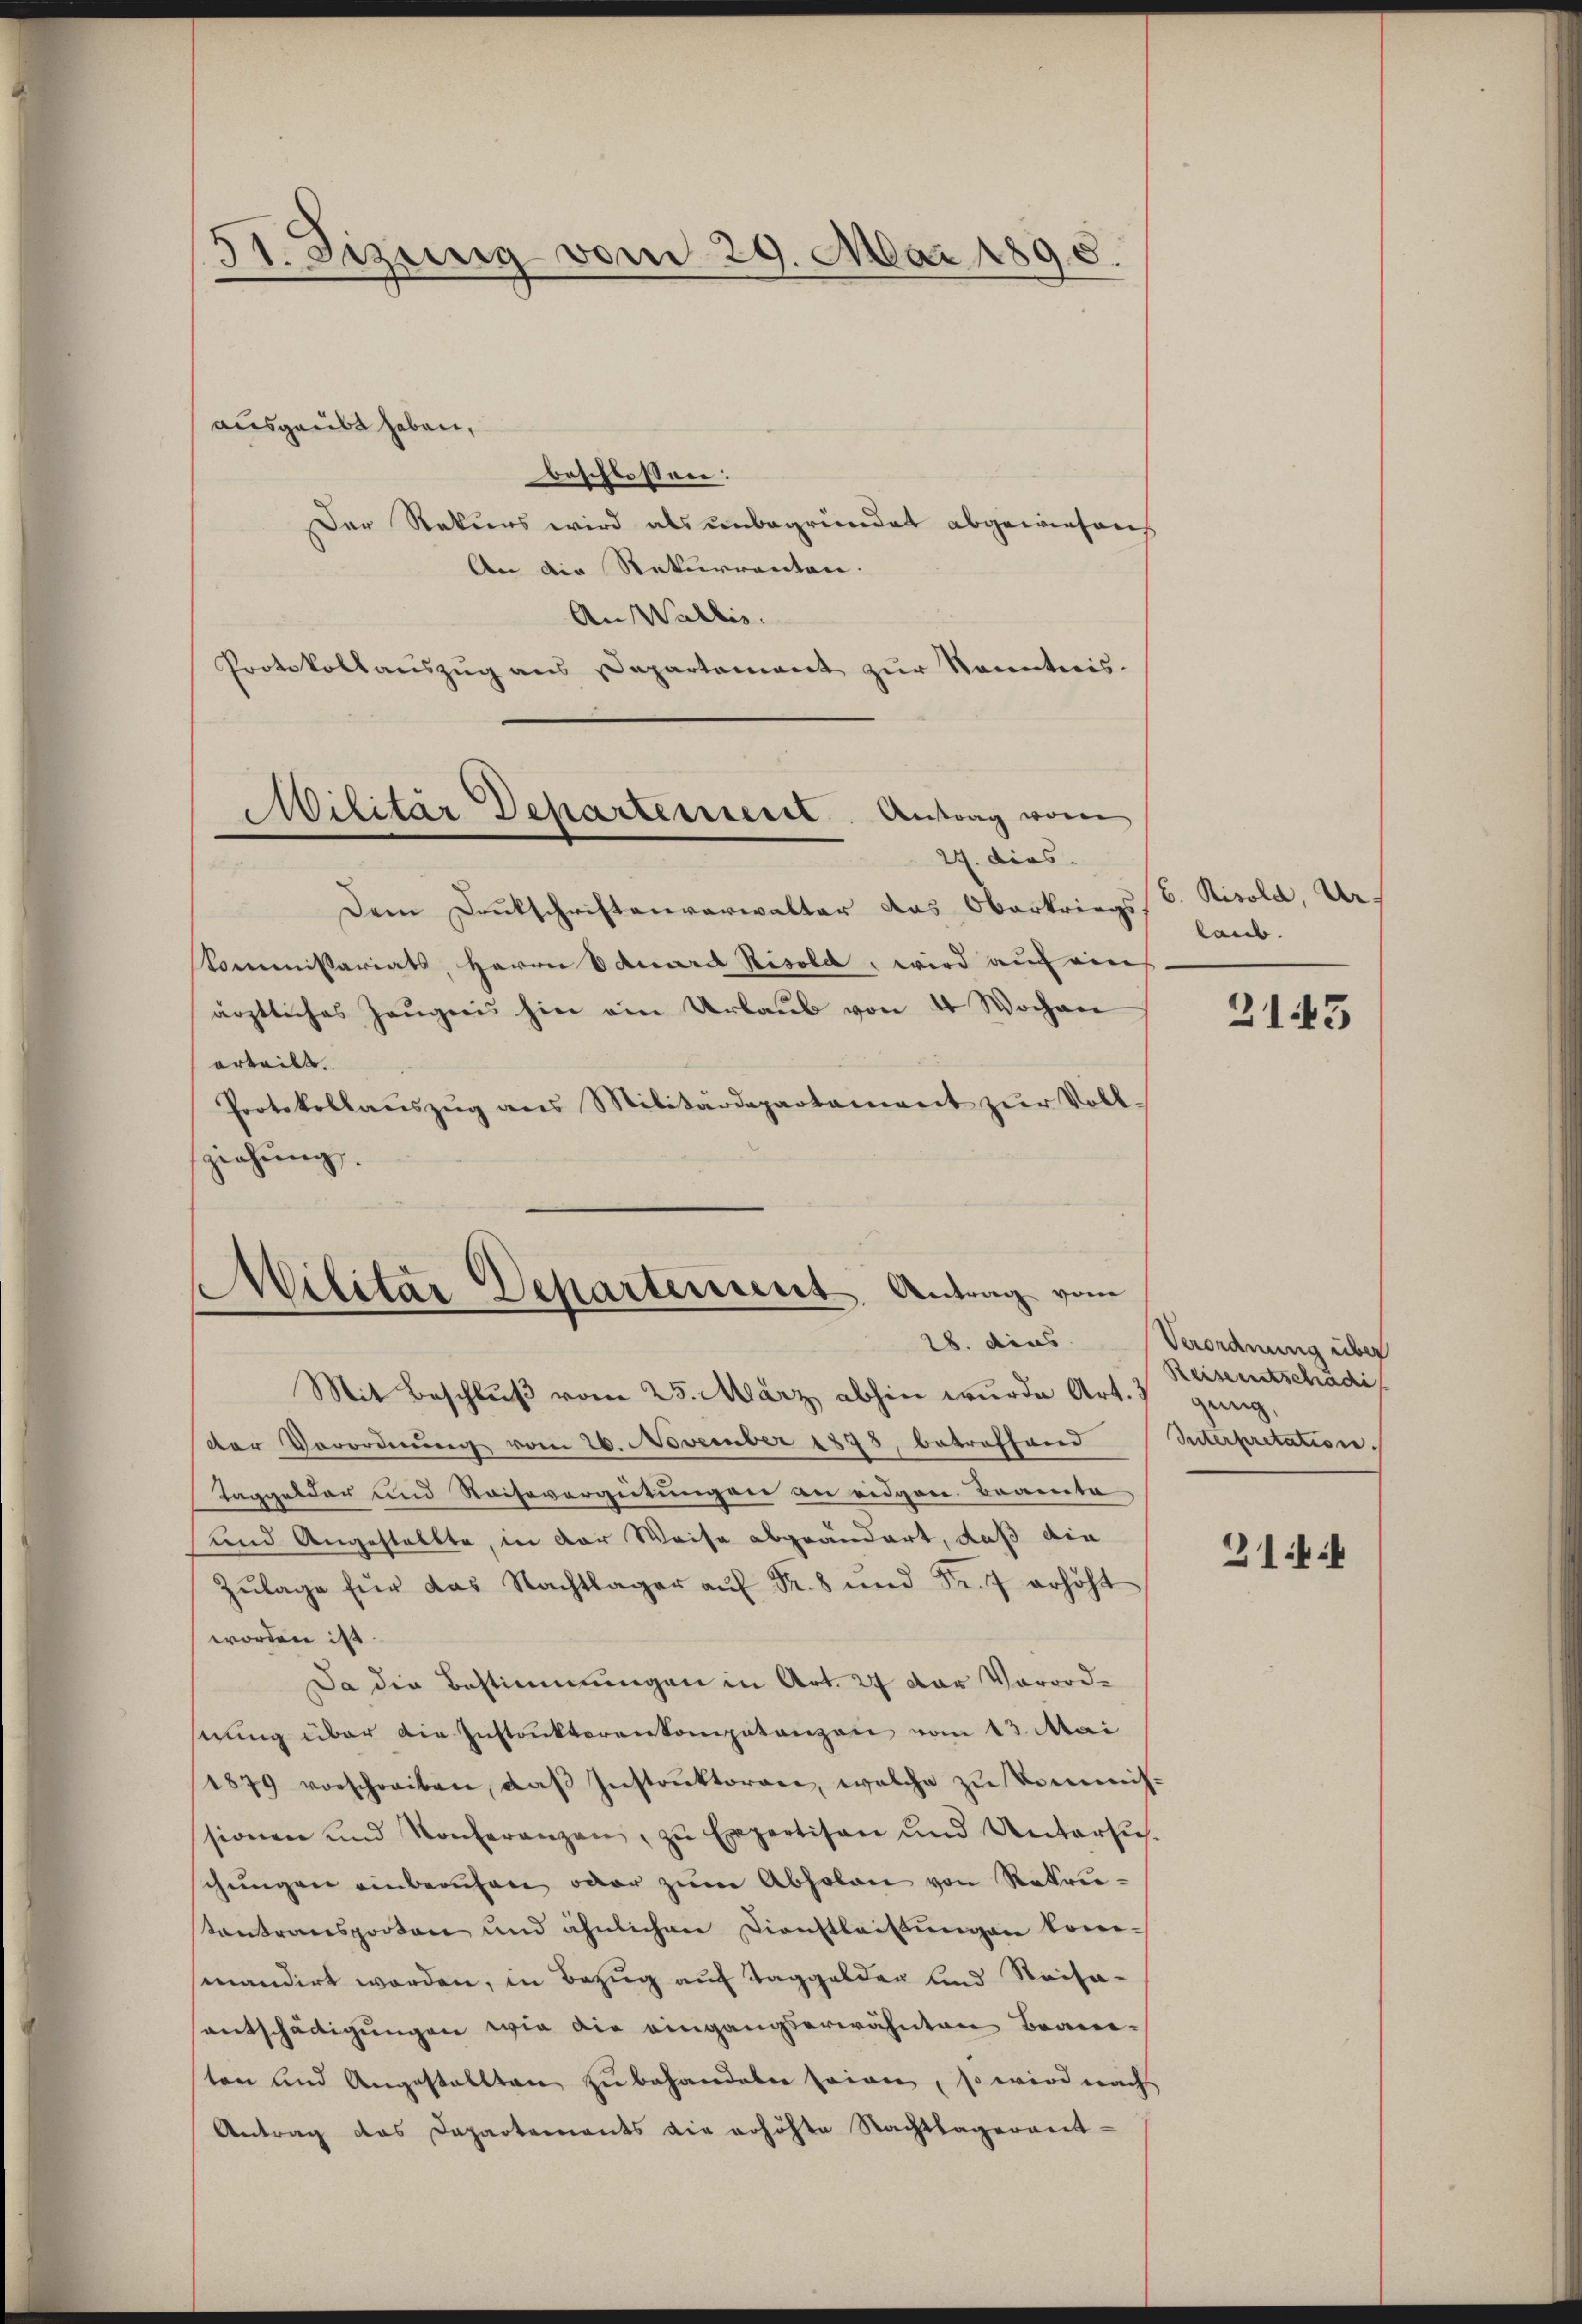
51. Sizung vom 29. Mai 1890.

ausgeübt haben,
beschlossen:
Der Rekurs wird als unbegründet abgewiesen
An die Rekurrenten.
An Wallis.
Protokollauszug aus Departement zur Kenntnis-
Militär Departement. Antrag vom

27. dies

Dem Drukschriftenverwalter das Oberkriegs, b. Risold, Ur-
Kommissariats, Herren Eduard Risold, wird auf ein
ärztliches Zeŭgnis hin ein Urlaŭb von 4 Wochen
orteilt.
Protokollaŭszŭg ans Militärdepartamiert zŭr Voll-
ziehung.

Militär Departement, Antrag vom
28. dies

Mit Beschluß vom 25. März abhin wurde Art. 3
der Verordnŭng vom 26. November 1878, betreffend Suterpretation.
Taggelder und Reisevergütungen an eidgen. Branita
und Angestellte, in der Weise abgeändert, daß die
Zŭlage für das Nachtlager aŭf Fr. 8 und Fr. 7 erhöht
worden ist.
Da die Bestimmungen in Art. 27 der Vorordstung über die Instakterenkompetenzen vom 13. Mai
1879 vorschreiben, daβ Instrŭktoren, welche zŭ kommis-
sionen und Konferenzen, zŭ Expertisen und Untersŭch.
chungen einberuhen oder zum Absolen von Rekrustantransporten und ähnlichen Dienstleitŭngen komsmandirt worden, in Bezug auf Taggelder und Reisaentschädigungen wie die eingangserwähnten Bran-
ten und Angestallten zu behandeln seien, so wird nach
Antrag das Departements die erhöhte Nachtlagerent-

laub.

2143

Verordnung über
Reiseentschädi

214